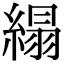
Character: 䌈